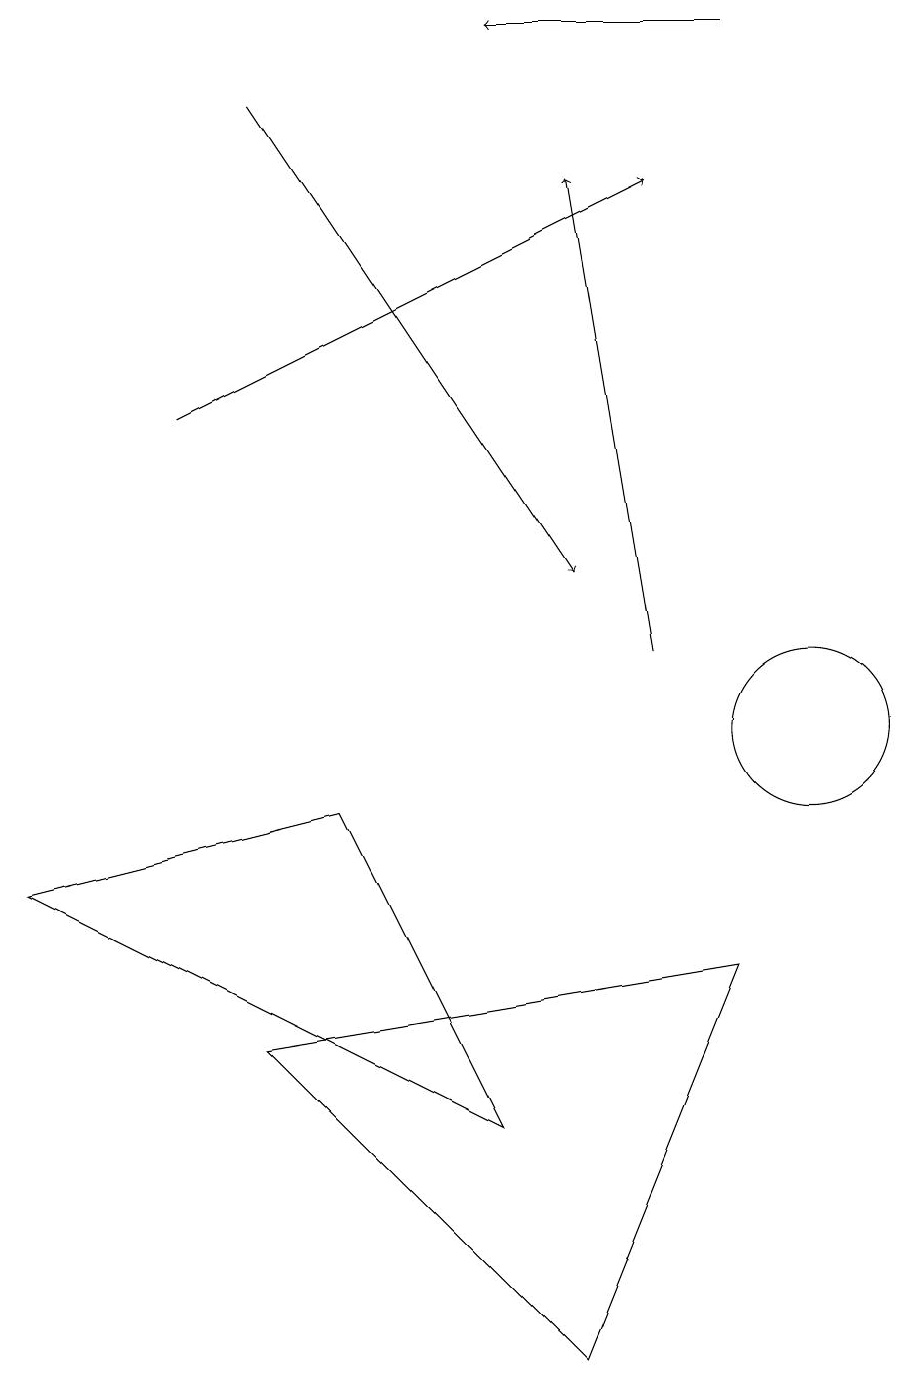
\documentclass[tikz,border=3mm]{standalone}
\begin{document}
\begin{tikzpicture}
\draw[->] (2,14) -- (8,17);
\draw[->] (3,18) -- (7,12);
\draw[->] (8,11) -- (7,17);
\draw[->] (9,19) -- (6,19);
\draw (3,6) -- (7,2) -- (9,7) -- cycle;
\draw (4,9) -- (6,5) -- (0,8) -- cycle;
\draw (10,10) circle (1);
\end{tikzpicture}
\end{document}